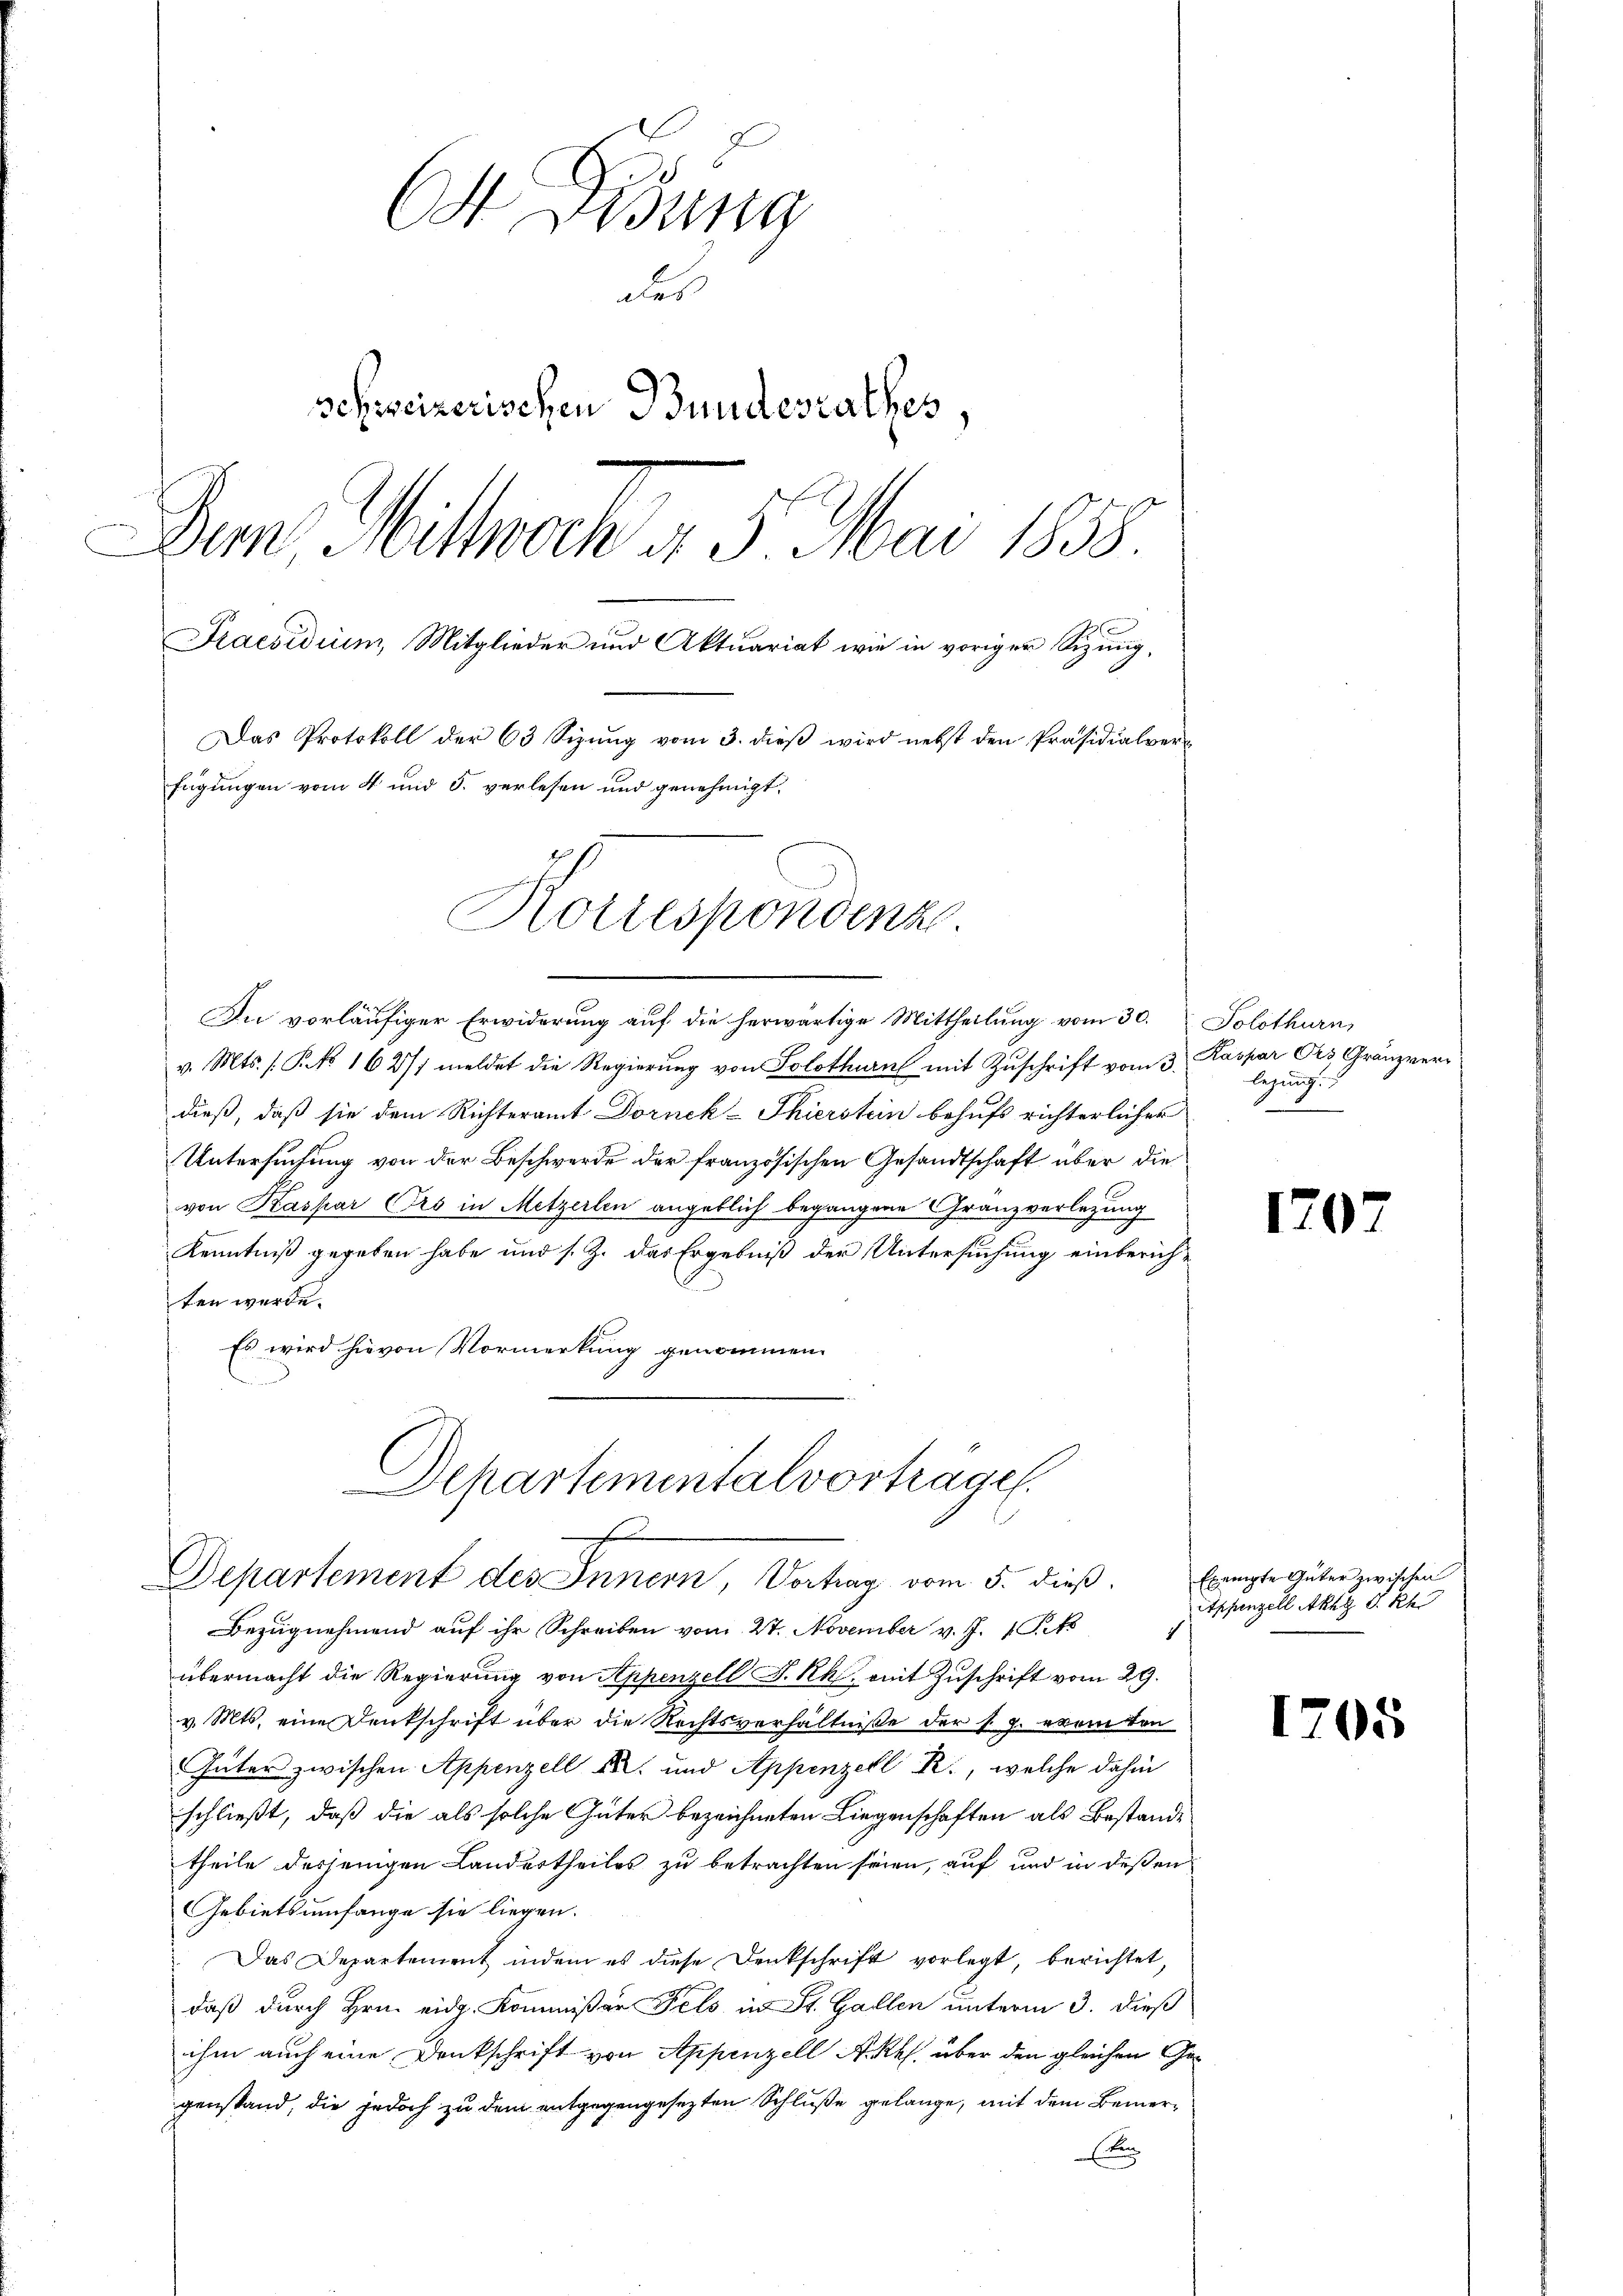
O Disung
des
schweizerischen Bundesrathes
Dem Wittwoch d. 5. Mai 1858.
Praesidium, Mitglieder und Aktuariat wie in voriger Sizung,
Das Protokoll der 63 Sizŭng vom 3. dieβ wird nebst den Präsidialverfügungen vom 4 und 5. verlesen und genehmigt.
Korrespondenz.

In vorläufiger Erwiderung auf die herwärtige Mittheilung vom 30.
v. Mts. f. P. No 1627) meldet die Regierung von Solothurn mit Zuschrift vom 3. Kaspar Dr. Gränzverdieß, daß sie dem Richteramt Dornck-Thierstein behufs richterlicher
Untersuchung von der Beschwerde der französischen Gesandtschaft über die
von Kaspar (Pro in Metzerlen angeblich begangene Gränzverlegung
Kenntniß gegeben habe und s. Z. das Ergebniß der Untersuchung einberichten werde.
Es wird hievon Vormerkung genommen.

Apartementalvortrages.
f
Departement des Innern, Vortrag vom 5. dieβ. Exempte Güter zwischen

Solothurn,
legung

Bezugnehmend auf ihr Schreiben vom 27. November v. J. 1 Pk
übermacht die Regierung von Appenzell S. Rh. mit Zuschrift vom 29.
v. Mts. eine Denkschrift über die Rechtsverhältniße der s. g. eventen
Güter zwischen Appenzell u. und Appenzell R., welche dahin
schließt, daß die als solche Güter bezeichneten Liegenschaften als Bestande
theile desjenigen Landurtheiles zu betrachten seien, auf und in deßen
Gebietsumfange sie liegen.
 Das Departement indem es diese Denkschrift vorlegt, berichtet,
daß durch Hrn. eidg. Kommißär Fels in St. Gallen unterm 3. dieß
ihm auch eine Denkschrift von Appenzell A. Rh. über den gleichen Gegenstand, die jedoch zu dem entgegengesezten Schluße gelange, mit dem Bemer¬
E

120

Appenzell Akte S. Rh.
1

I

205